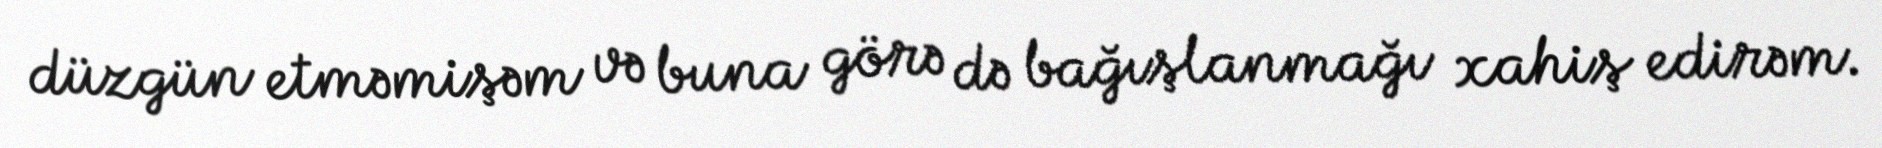
düzgün etməmişəm və buna görə də bağışlanmağı xahiş edirəm.